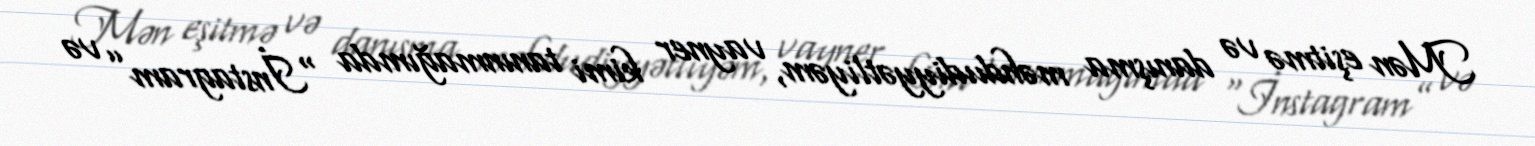
Mən eşitmə və danışma məhdudiyyətliyəm, vayner kimi tanınmağımda “İnstagram” və